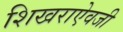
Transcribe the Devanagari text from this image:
शिखराऐवजी